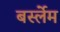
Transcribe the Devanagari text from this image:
बर्स्लेम